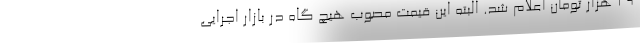
29 هزار تومان اعلام شد. البته این قیمت مصوب هیچ گاه در بازار اجرایی